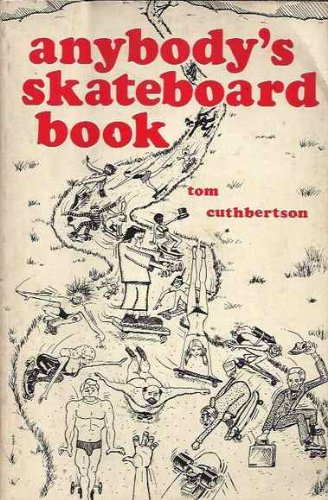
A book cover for Anybody's Skateboard Book; Tom Cuthbertson; Sports & Outdoors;